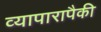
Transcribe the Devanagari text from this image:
व्यापारापैकी